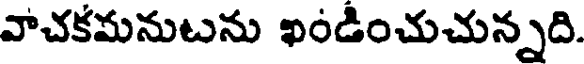
వాచకమనుటను ఖండించుచున్నది.